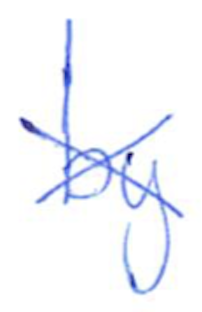
Text: by
Cross-out: cross
Writing tool: ballpoint